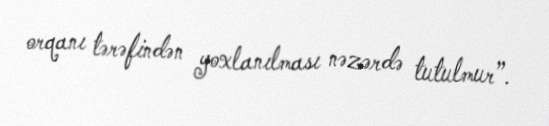
orqanı tərəfindən yoxlanılması nəzərdə tutulmur”.